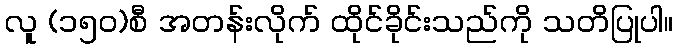
လူ (၁၅၀)စီ အတန်းလိုက် ထိုင်ခိုင်းသည်ကို သတိပြုပါ။